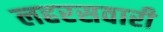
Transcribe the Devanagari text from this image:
लहरसवारी